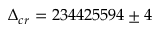
\Delta _ { c r } = 2 3 4 4 2 5 5 9 4 \pm 4